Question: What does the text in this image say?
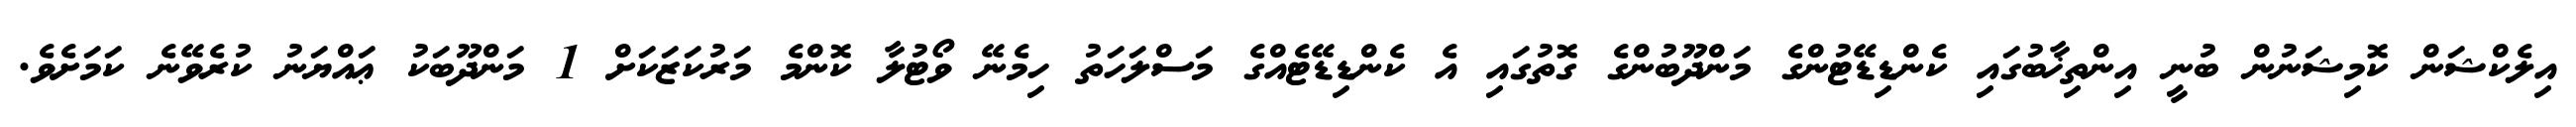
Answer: އިލެކްޝަން ކޮމިޝަނުން ބުނީ އިންތިޚާބުގައި ކެންޑިޑޭޓުންގެ މަންދޫބުންގެ ގޮތުގައި އެ ކެންޑިޑޭޓެއްގެ މަސްލަހަތު ހިމެނޭ ވޯޓުލާ ކޮންމެ މަރުކަޒަކަށް 1 މަންދޫބަކު ޢައްޔަނު ކުރެވޭނެ ކަމަށެވެ.